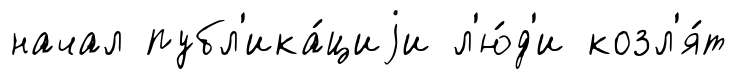
начал публ'ика́циjи л'ю́д'и козл'я́т